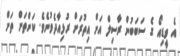
އެ ވީޑިއޯ ގެ ސަބަބުން ރާސިލް އަށް އިތުރަށް ރުޅިއާދެވުނެވެ. ކަންތަށް ތަށް